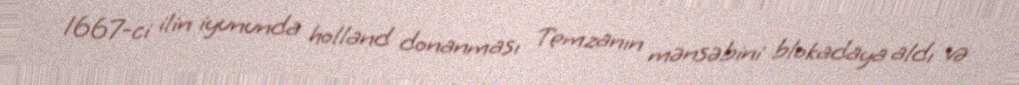
1667-ci ilin iyununda holland donanması Temzanın mənsəbini blokadaya aldı və